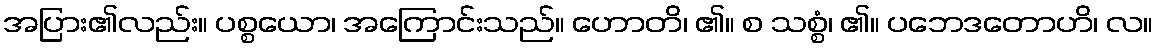
အပြား၏လည်း။ ပစ္စယော၊ အကြောင်းသည်။ ဟောတိ၊ ၏။ စ သစ္စံ၊ ၏။ ပဘေဒတောဟိ၊ လ။